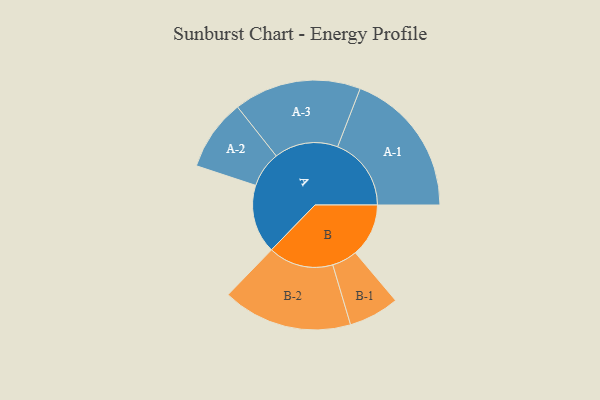
{"axis": {"x": "Segment", "y": "Value"}, "legend": ["", "A", "B"], "data": [{"x": "A", "y": 277, "type": ""}, {"x": "B", "y": 215, "type": ""}, {"x": "A-1", "y": 297, "type": "A"}, {"x": "A-2", "y": 144, "type": "A"}, {"x": "A-3", "y": 257, "type": "A"}, {"x": "B-1", "y": 102, "type": "B"}, {"x": "B-2", "y": 262, "type": "B"}]}